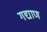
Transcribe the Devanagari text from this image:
गद्याण